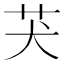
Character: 𦬫